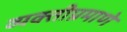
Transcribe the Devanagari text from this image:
व्यक्तीप्रमाणे